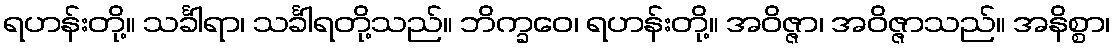
ရဟန်းတို့။ သင်္ခါရာ၊ သင်္ခါရတို့သည်။ ဘိက္ခဝေ၊ ရဟန်းတို့။ အဝိဇ္ဇာ၊ အဝိဇ္ဇာသည်။ အနိစ္စာ၊